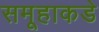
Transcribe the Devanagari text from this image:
समूहाकडे